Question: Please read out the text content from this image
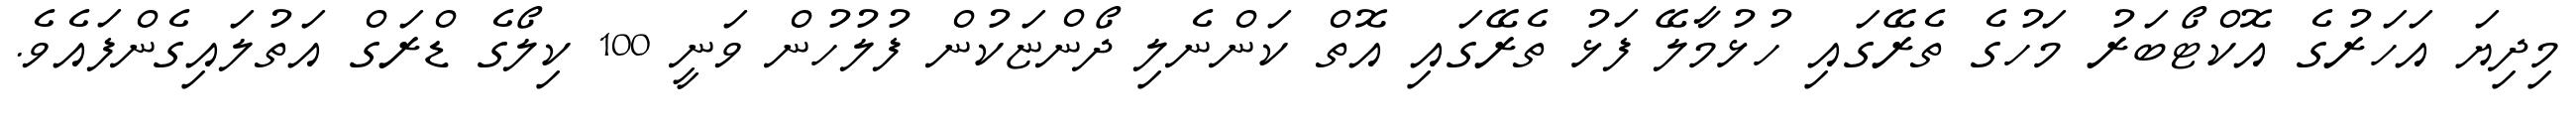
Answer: މިދިޔަ އަހަރުގެ އޮކްޓޯބަރު މަހުގެ ތެރޭގައި ހުޅުމާލޭ ފަޅު ތެރޭގައި އޮތް ކަންނެލި ދޯންޏަކުން ފުލުހުން ވަނީ 100 ކިލޯގެ ޑްރަގް އަތުލައިގެންފައެވެ.